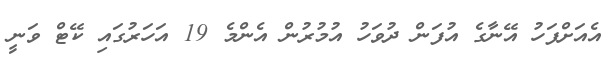
އެއަށްފަހު އޭނާގެ އުފަން ދުވަހު އުމުރުން އެންމެ 19 އަހަރުގައި ކޭޓް ވަނީ